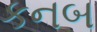
કનબ